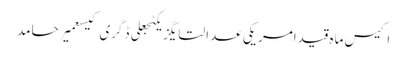
اکیس ماہ قیدامریکی عدالتایگزیکٹجعلی ڈگری کیسعمیر حامد